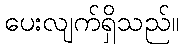
ပေးလျက်ရှိသည်။